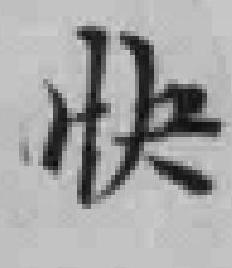
快